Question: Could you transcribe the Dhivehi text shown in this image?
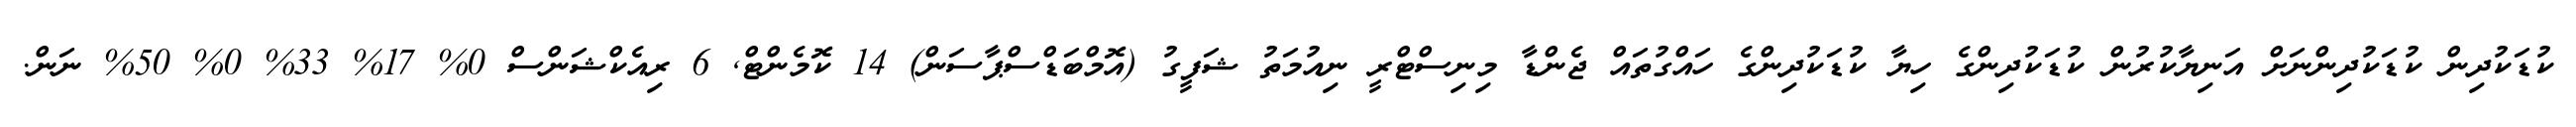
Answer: ކުޑަކުދިން ކުޑަކުދިންނަށް އަނިޔާކުރުން ކުޑަކުދިންގެ ހިޔާ ކުޑަކުދިންގެ ހައްގުތައް ޖެންޑާ މިނިސްޓްރީ ނިއުމަތު ޝަފީގު (އޮމްބަޑްސްޕާސަން) 14 ކޮމެންޓް, 6 ރިއެކްޝަންސް 0% 17% 33% 0% 50% ނަން.